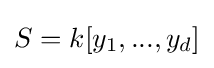
S=k[y_{1},...,y_{d}]